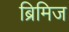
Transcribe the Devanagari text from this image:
ब्रिमिज